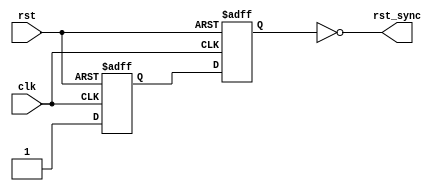
`timescale 1ns / 1ps
//****************************************************************// 
//  Class: CECS 361 						                          		//
//  Project: Project1-Cecs361													//
//																						//				
//  Abstract: Support timing constraints that are violated.		   // 
//  Created by       <Alina Suon> on <09-18-18>.                  // 
//  Copyright  2018 <Alina Suon>. All rights reserved.           // 
//                                                                //                                                                              // 
//  In submitting this file for class work at CSULB               // 
//  I am confirming that this is my work and the work             // 
//  of no one else. In submitting this code I acknowledge that    // 
//  plagiarism in student project work is subject to dismissal.   //  
//  from the class                                                // 
//****************************************************************//

module aiso(clk,rst, rst_sync);
	input clk, rst;
	output rst_sync;
	wire rst_sync;
	reg f1, f2;

	always @ (posedge clk, posedge rst)
		begin
		if (rst)
			{f1,f2} <= 2'B00;
		else
			{f1,f2} <= {1'b1,f1};
		end
	assign rst_sync = !f2;
endmodule